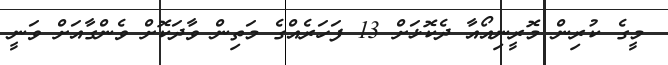
މީގެ ކުރިން މޮރީނިއޯއާ ދެކޮޅަށް 13 ފަހަރެއްގެ މަތިން ވާދަކޮށް ވެންގާއަށް ވަނީ